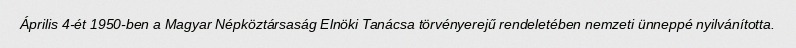
Április 4-ét 1950-ben a Magyar Népköztársaság Elnöki Tanácsa törvényerejű rendeletében nemzeti ünneppé nyilvánította.